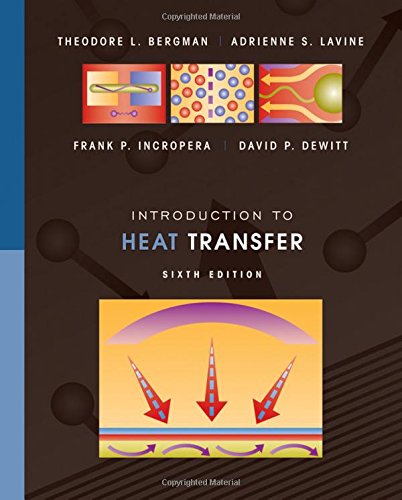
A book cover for Introduction to Heat Transfer; Theodore L. Bergman; Engineering & Transportation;